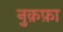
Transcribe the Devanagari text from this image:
नु़क़फ़ा